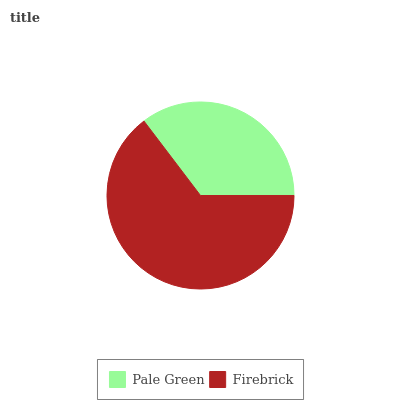
| Pale Green | Firebrick |
 | --- | --- |
 | 35.4% | 64.6% |